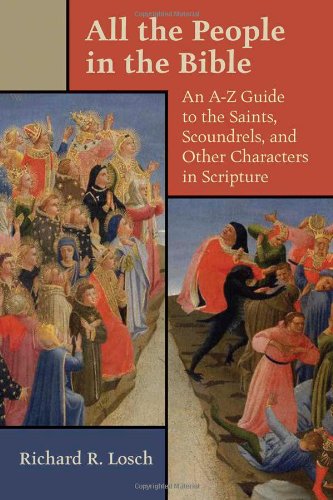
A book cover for All the People in the Bible: An A-Z Guide to the Saints, Scoundrels, and Other Characters in Scripture; Richard R. Losch; Christian Books & Bibles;